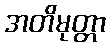
အတိမုတ္တာ